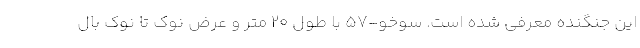
این جنگنده معرفی شده است. سوخو-۵۷ با طول ۲۰ متر و عرض نوک تا نوک بال